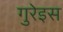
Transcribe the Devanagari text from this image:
गुरेइस